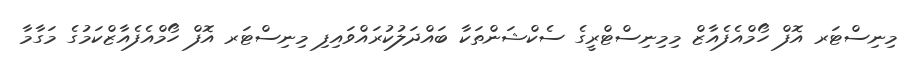
މިނިސްޓަރ އޮފް ހޯމްއެފެއާޒް މިމިނިސްޓްރީގެ ސެކްޝަންތަކާ ބައްދަލުކުރައްވައިފި މިނިސްޓަރ އޮފް ހޯމްއެފެއާޒްކަމުގެ މަގާމާ